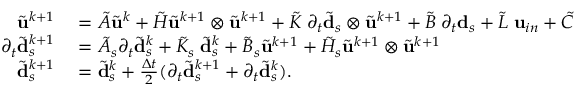
\begin{array} { r l } { \tilde { \mathbf { u } } ^ { k + 1 } } & { { } = \tilde { A } \tilde { \mathbf { u } } ^ { k } + \tilde { H } \tilde { \mathbf { u } } ^ { k + 1 } \otimes \tilde { \mathbf { u } } ^ { k + 1 } + \tilde { K } \; \partial _ { t } \tilde { \mathbf { d } } _ { s } \otimes \tilde { \mathbf { u } } ^ { k + 1 } + \tilde { B } \; \partial _ { t } \mathbf { d } _ { s } + \tilde { L } \; \mathbf { u } _ { i n } + \tilde { C } } \\ { \partial _ { t } \tilde { \mathbf { d } } _ { s } ^ { k + 1 } } & { { } = \tilde { A } _ { s } \partial _ { t } \tilde { \mathbf { d } } _ { s } ^ { k } + \tilde { K } _ { s } \; \tilde { \mathbf { d } } _ { s } ^ { k } + \tilde { B } _ { s } \tilde { \mathbf { u } } ^ { k + 1 } + \tilde { H } _ { s } \tilde { \mathbf { u } } ^ { k + 1 } \otimes \tilde { \mathbf { u } } ^ { k + 1 } } \\ { \tilde { \mathbf { d } } _ { s } ^ { k + 1 } } & { { } = \tilde { \mathbf { d } } _ { s } ^ { k } + \frac { \Delta t } { 2 } ( \partial _ { t } \tilde { \mathbf { d } } _ { s } ^ { k + 1 } + \partial _ { t } \tilde { \mathbf { d } } _ { s } ^ { k } ) . } \end{array}